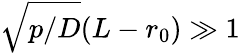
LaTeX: \sqrt{p/D}(L-r_{0})\gg 1